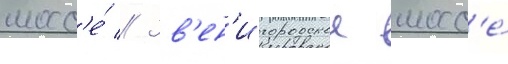
шосс'е́ // Зв'ен'игородское шосс'е́